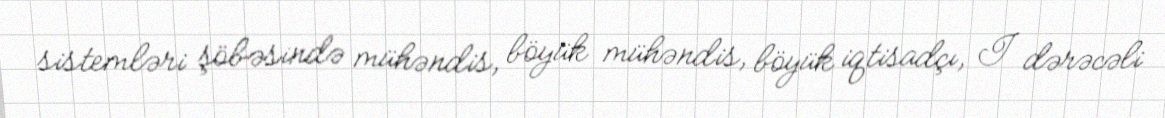
sistemləri şöbəsində mühəndis, böyük mühəndis, böyük iqtisadçı, I dərəcəli